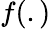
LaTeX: f(.)